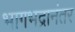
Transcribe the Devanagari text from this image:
भागभद्रानंतर